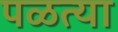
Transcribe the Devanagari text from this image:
पळत्या